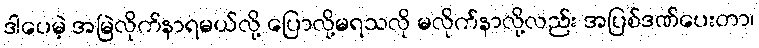
ဒါပေမဲ့ အမြဲလိုက်နာရမယ်လို့ ပြောလို့မရသလို မလိုက်နာလို့လည်း အပြစ်ဒဏ်ပေးတာ၊